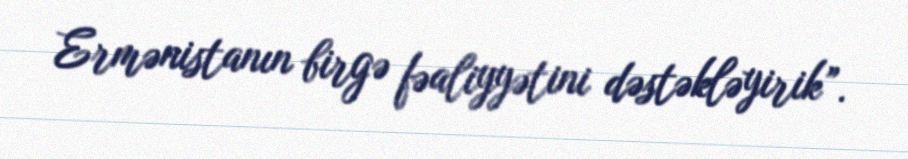
Ermənistanın birgə fəaliyyətini dəstəkləyirik”.